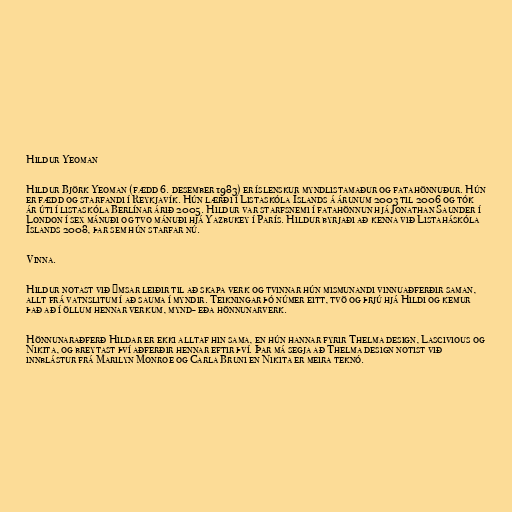
Hildur Yeoman

Hildur Björk Yeoman (fædd 6. desember 1983) er íslenskur myndlistamaður og fatahönnuður. Hún
er fædd og starfandi í Reykjavík. Hún lærði í Listaskóla Íslands á árunum 2003 til 2006 og tók
ár úti í listaskóla Berlínar árið 2005. Hildur var starfsnemi í fatahönnun hjá Jonathan Saunder í
London í sex mánuði og tvo mánuði hjá Yazbukey í París. Hildur byrjaði að kenna við Listaháskóla
Íslands 2008, þar sem hún starfar nú.

Vinna.

Hildur notast við ýmsar leiðir til að skapa verk og tvinnar hún mismunandi vinnuaðferðir saman,
allt frá vatnslitum í að sauma í myndir. Teikningar þó númer eitt, tvö og þrjú hjá Hildi og kemur
það að í öllum hennar verkum, mynd- eða hönnunarverk.

Hönnunaraðferð Hildar er ekki alltaf hin sama, en hún hannar fyrir Thelma design, Lascivious og
Nikita, og breytast því aðferðir hennar eftir því. Þar má segja að Thelma design notist við
innblástur frá Marilyn Monroe og Carla Bruni en Nikita er meira teknó.